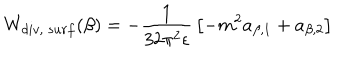
LaTeX: W _ { d i v , ~ s u r f } ( \beta ) = - { \frac { 1 } { 3 2 \pi ^ { 2 } \epsilon } } \left[ - m ^ { 2 } a _ { \beta , 1 } + a _ { \beta , 2 } \right] ~ ~ ~